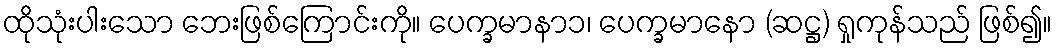
ထိုသုံးပါးသော ဘေးဖြစ်ကြောင်းကို။ ပေက္ခမာနာ၁၊ ပေက္ခမာနော (ဆဋ္ဌ) ရှုကုန်သည် ဖြစ်၍။